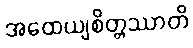
အထေယျစိတ္တဿာတိ